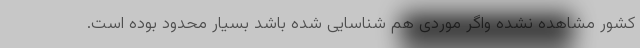
کشور مشاهده نشده واگر موردی هم شناسایی شده باشد بسیار محدود بوده است.